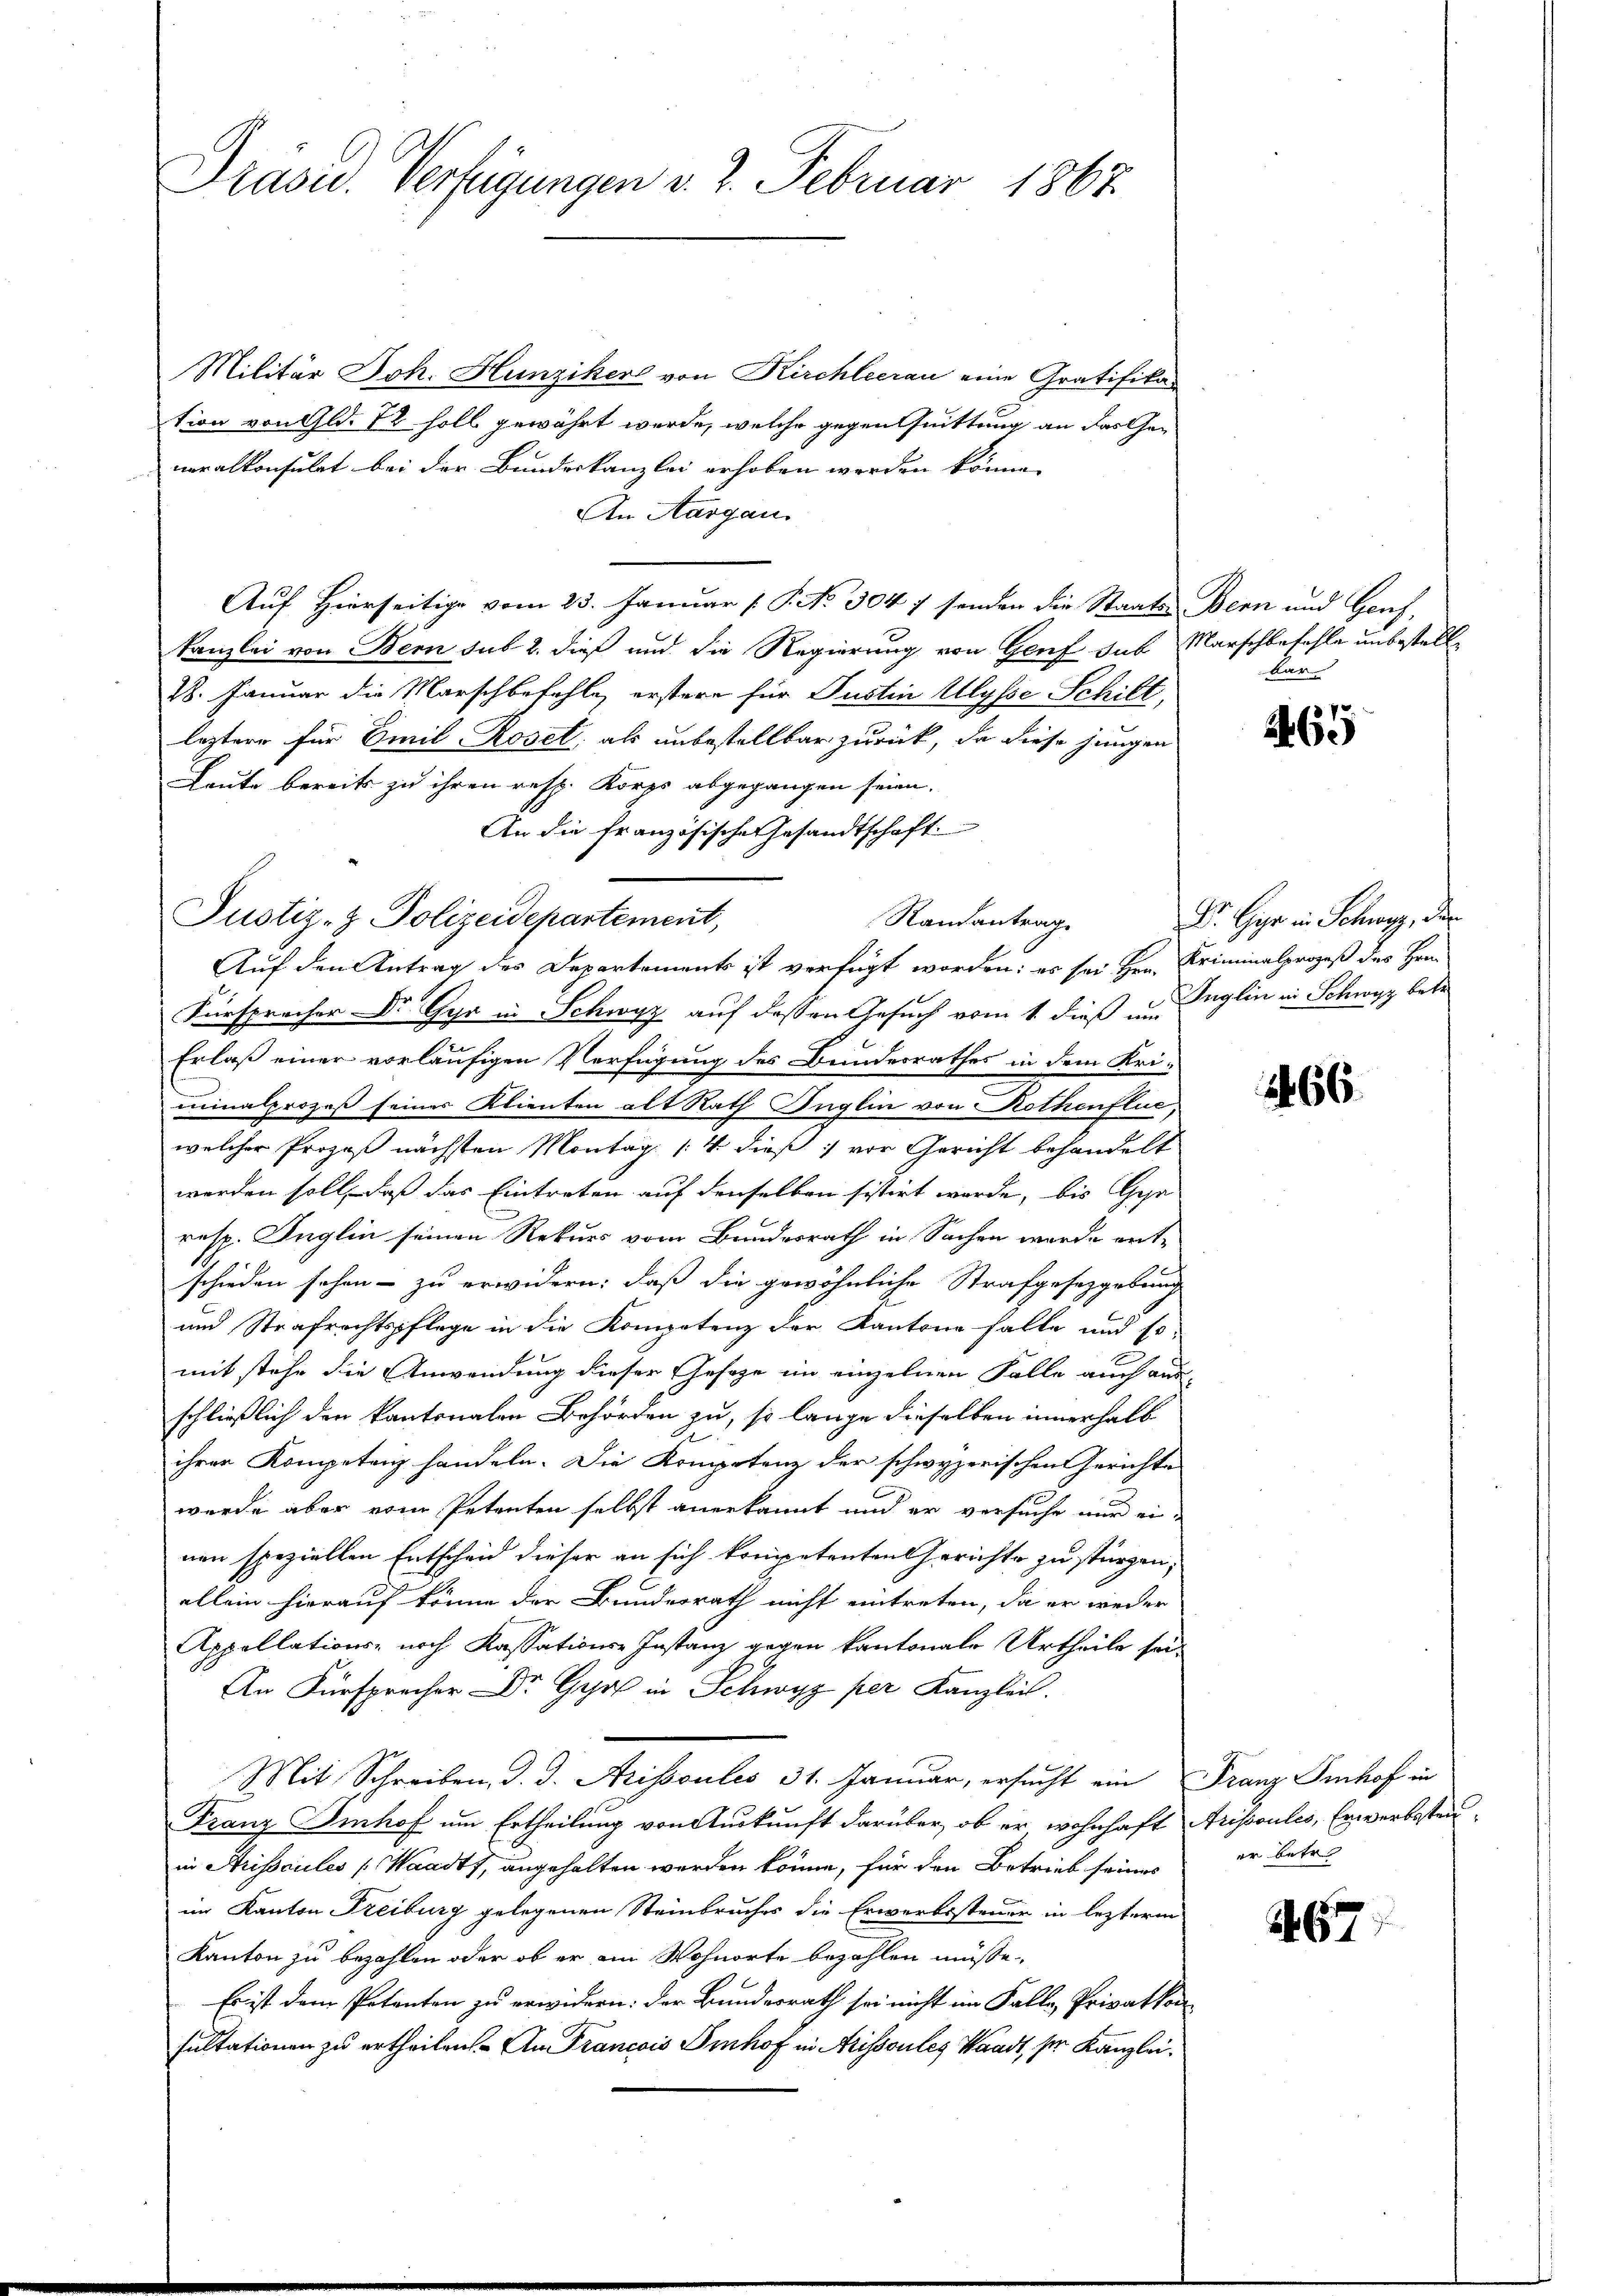
Präsid. Verfügungen v. 2. Februar 1865.

Militär Joh. Hunziker von Kirchleerau eine Gratifika
tion von Gld. 72 soll gewährt werde, welche gegen Quittung an das Generalkonsulat bei der Bundeskanzlei erhoben werden könne.
An Aargau.
Auf Hierseitige vom 23. Januar [ P. Nr. 304 7 senden die Staats-Bern und Genf,
Kanzlei von Bern sub 2. dieß und die Regierung von Genf sub Marschbefehle unbestell¬
18. Januar die Marschbefehle, erstere für Justin Ulysse Schilt,
leztere für Emil Roset, als unbestellbar zurück, da diese jungen
Leute bereits zu ihren resp. Korps abgegangen seien.
An die französische Gesandtschaft.
Randantrag
Auf den Antrag des Departements ist verfügt worden: es sei Hrn. Kriminalprozeß des Hrn.
Fürsprecher Dr. Gyr in Schwyz auf dessen Gesuch vom 1. dieß an Eglin in Schwyz betr
Erlaß einer vorläufigen Verfügung des Bundesrathes in dem Uri-
minalprozeß seines Klienten alt Rath Inglin von Rothenflue,
welcher Prozeß nächsten Montag [4 dieß vor Gericht behandelt
werden soll, daß das Eintreten auf denselben sistirt wurde, bis Gesa
resp. Inglin seinen Rekurs vom Bundesrath in Sachen wurde ent-
schieden sehen - zu erwidern: daß die gewöhnliche Strafgesetzgebung
und Strafrechtspflege in die Kompetenz der Kantone falle und so-
mit stehe die Anwendung dieser Gesetze im einzelnen Falle auch aus-
schließlich den kantonalen Behörden zu, so lange dieselben innerhalb
ihrer Kompetenz handeln. Die Kompetenz der schwyzerischen Gerichte
wurde aber vom Petenten selbst anerkannt und er versuche nur einen speziellen Entscheid dieser an sich kompetenten Gerichte zu stürzen,
ellein hierauf könne der Bundesrath nicht eintreten, da er weder
Appellations- noch Kassations-Instanz gegen kantonale Urtheile sei¬
Gy in Schwyz per Kanzlei
Mit Schreiben, d. J. Arissoules 31. Januar, ersucht ein Franz Imhof in
Franz Pinhof um Ertheilung von Auskunft darüber, ob er wohnhaft Arissoules, Erwerbssteuin Arisociiles [Waadt, angehalten werden könne, für den Betrieb seines
im Kanton Freiburg gelegenen Steinbruches die Erwerbssteuer in lezterm
Kanton zu bezahlen oder ob er ein Wohnorte bezahlen müsse.
Es ist dem Petenten zu erwidern: der Bundesrath sei nicht im Falle Privatkon
sultationen zu ertheilen. An Francois Pinhof in Arissoutes Waadt, ser Kanzlei.

Justiz- & Polizeidepartement,

bar

265

Dr. Gyr in Schwyz, der

166

er betr.

467